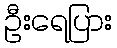
ဦးရေပြား